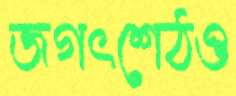
জগৎশেঠও